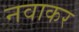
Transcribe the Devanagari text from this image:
नवाकर